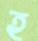
হ